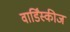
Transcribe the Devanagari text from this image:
वार्डिंस्कीज